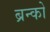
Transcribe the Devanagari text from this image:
ब्रन्को